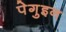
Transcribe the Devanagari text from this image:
पेगुइन